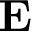
\textbf { E }